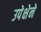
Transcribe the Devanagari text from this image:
उपेक्षेने